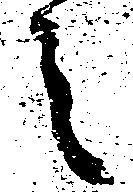
之